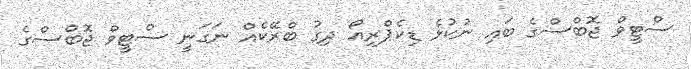
ސްޓީވް ޖޮބްސްގެ ބައި ނުކުޅެ ޑިކެޕްރިއޯ ދިގު ބްރޭކެއް ނަގަނީ ސްޓީވް ޖޮބްސްގެ